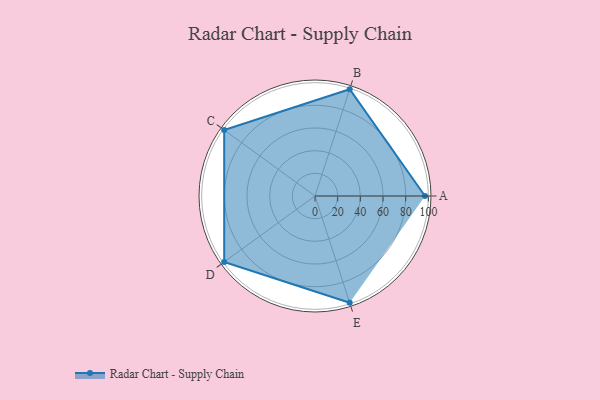
{"axis": {"x": "Skill", "y": "Score"}, "legend": ["Profile"], "data": [{"x": "A", "y": 97.0, "type": "Profile"}, {"x": "B", "y": 99.0, "type": "Profile"}, {"x": "C", "y": 99, "type": "Profile"}, {"x": "D", "y": 99, "type": "Profile"}, {"x": "E", "y": 99, "type": "Profile"}]}